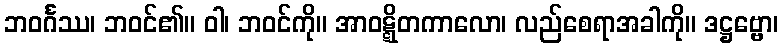
ဘဝင်္ဂဿ၊ ဘဝင်၏။ ဝါ၊ ဘဝင်ကို။ အာဝဋ္ဋိတကာလော၊ လည်စေရာအခါကို။ ဒဋ္ဌဗ္ဗော၊